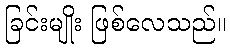
ခြင်းမျိုး ဖြစ်လေသည်။